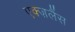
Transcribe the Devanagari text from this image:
एक्ज़लैंस